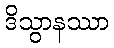
ဒိသွာနဿာ